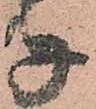
子